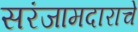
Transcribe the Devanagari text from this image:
सरंजामदाराचे